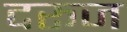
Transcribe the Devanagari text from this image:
दरूज